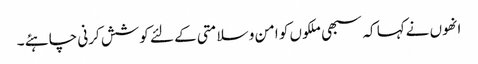
انھوں نےکہا کہ سبھی ملکوں کو امن و سلامتی کے لئے کوشش کرنی چاہئے ۔